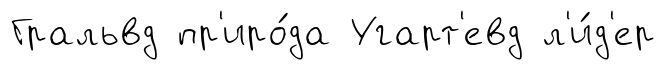
Гральвд пр'иро́да Угарт'евд л'и́д'ер